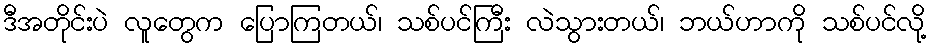
ဒီအတိုင်းပဲ လူတွေက ပြောကြတယ်၊ သစ်ပင်ကြီး လဲသွားတယ်၊ ဘယ်ဟာကို သစ်ပင်လို့